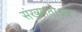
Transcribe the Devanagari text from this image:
संख्यातोऽत्र